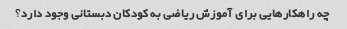
چه راهکارهایی برای آموزش ریاضی به کودکان دبستانی وجود دارد؟